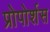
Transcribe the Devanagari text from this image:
प्रोपोर्शस